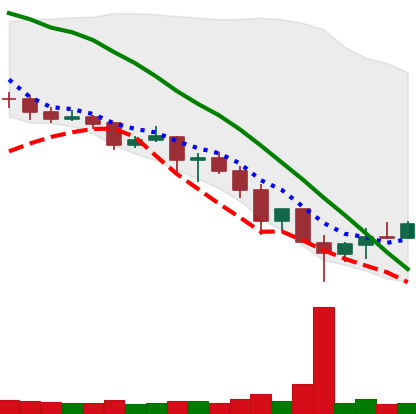
Ticker: XRP-USD
Chart end date: 2019-11-29
Forward return: -6.024%
Label: down_5_7